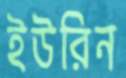
ইউরিন